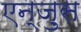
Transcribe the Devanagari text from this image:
एन्ज़ुस